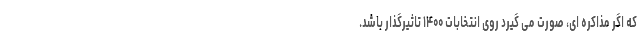
که اگر مذاکره ای، صورت می گیرد روی انتخابات ۱۴۰۰ تاثیرگذار باشد.